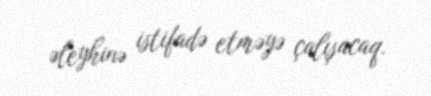
əleyhinə istifadə etməyə çalışacaq.